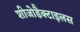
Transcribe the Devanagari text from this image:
शीजोडैक्टाइलस